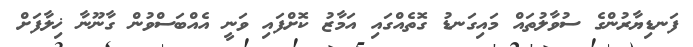
ފަނޑިޔާރުންގެ ސުވާލުތައް މައިގަނޑު ގޮތެއްގައި އަމާޒު ކޮށްފައި ވަނީ އެއްބަސްވުން ގާނޫނާ ޚިލާފަށް